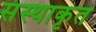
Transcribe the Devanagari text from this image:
संस्थाकृत